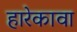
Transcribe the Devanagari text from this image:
हारेकावा